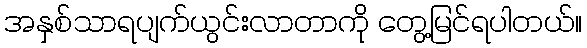
အနှစ်သာရပျက်ယွင်းလာတာကို တွေ့မြင်ရပါတယ်။